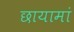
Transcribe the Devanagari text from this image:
छायामां